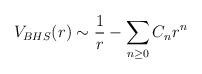
LaTeX: \begin{align*}V_{BHS}(r)\sim {1\over r}-{\sum_{n\ge 0}C_nr^n}\qquad \end{align*}